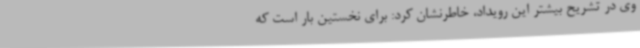
وی در تشریح بیشتر این رویداد، خاطرنشان کرد: برای نخستین بار است که